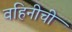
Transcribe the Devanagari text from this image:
वहिनीची